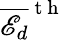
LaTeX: \overline{{\mathscr{E}_{d}}}^{\mathrm{~t~h~}}